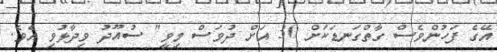
އޭގެ ފަހުންވެސް ގާތްގަނޑަކަށް 30 އަށް ދުވަސް މިވީ" ސުއޫދު ވިދާޅުވި އެވެ.